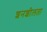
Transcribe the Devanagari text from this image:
शनशीलता